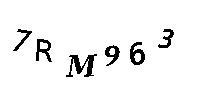
7RM963